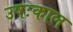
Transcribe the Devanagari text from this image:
उषःकाल